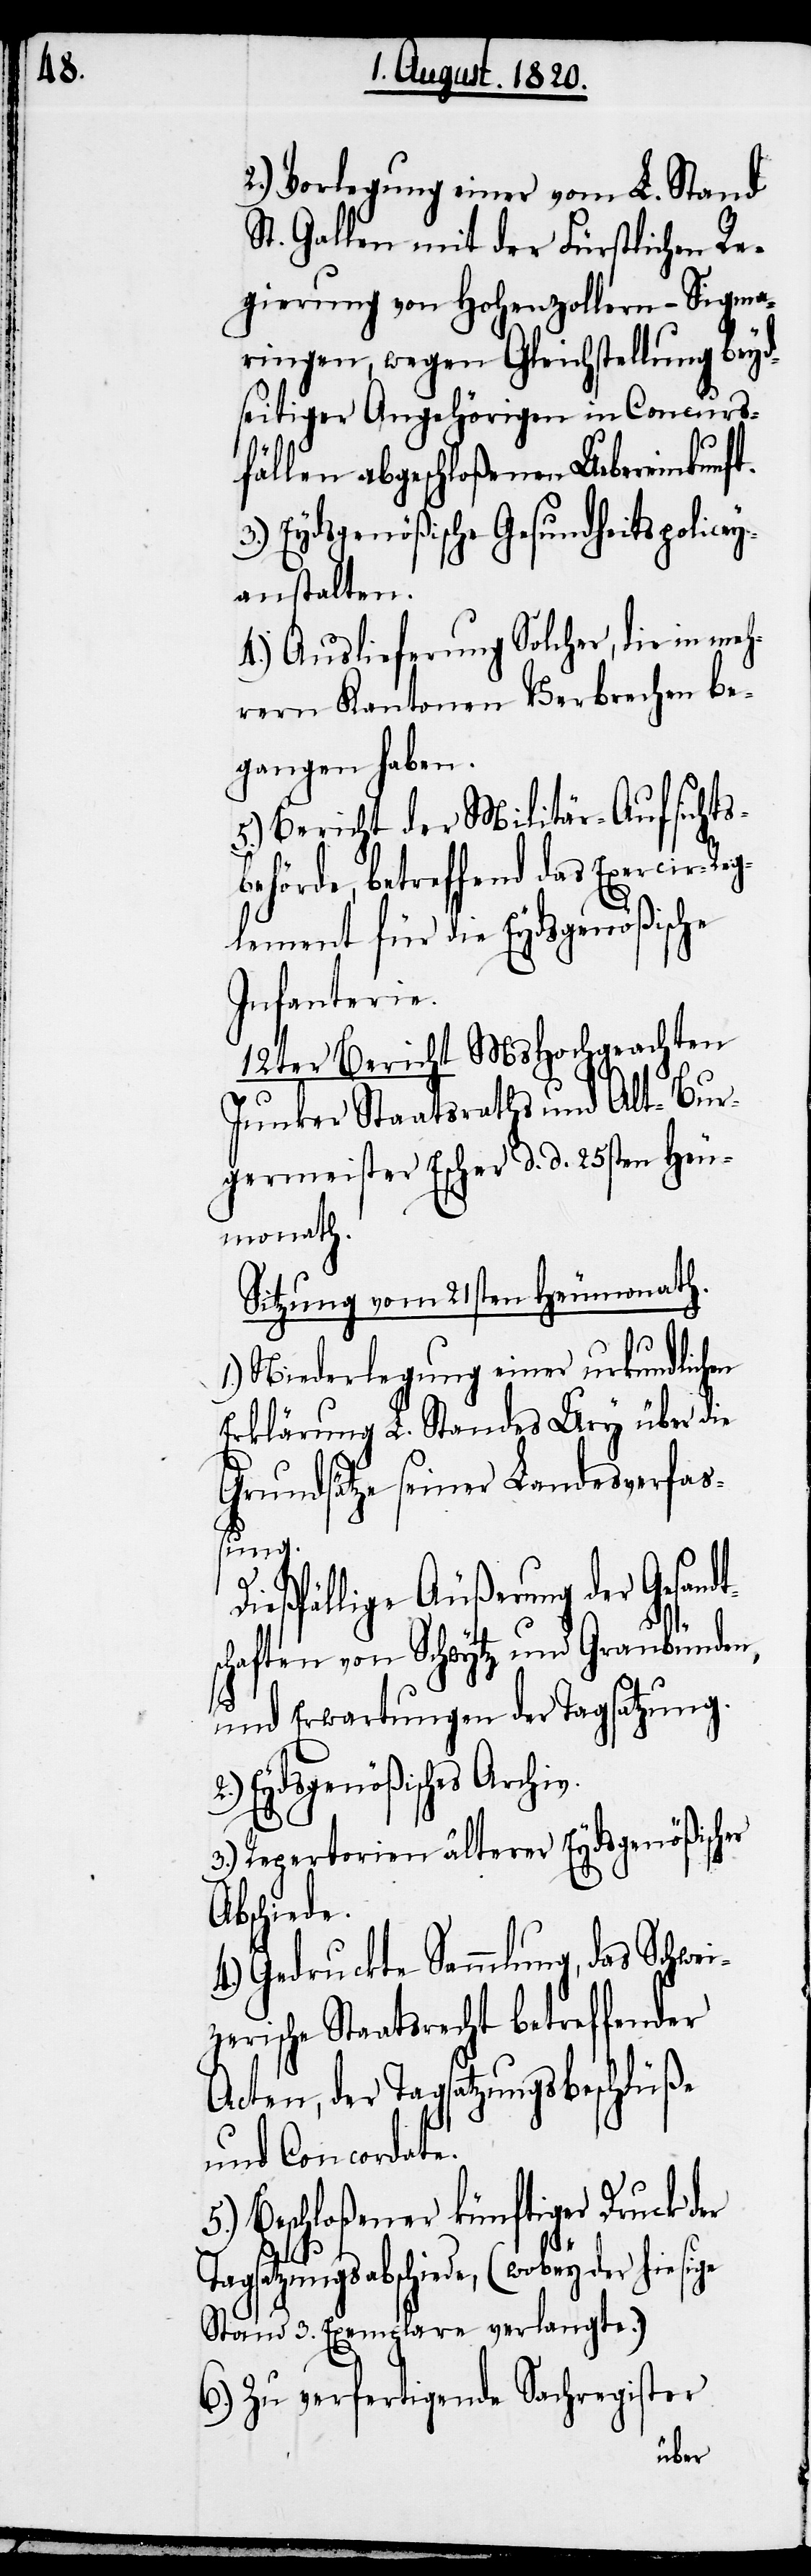
2.) Vorlegung einer vom L. Stand
St. Gallen mit der Fürstlichen Re¬
gierung von Hohenzollern-Sigma¬
ringen, wegen Gleichstellung beyd¬
seitiger Angehörigen in Concurs¬
fällen abgeschloßenen Uebereinkunft.
3.) Eydsgenößische Gesundheitspolicey¬
anstalten.
4.) Auslieferung solcher, die in meh¬
rern Kantonen Verbrechen be¬
gangen haben.
5.) Bericht der Militär-Aufsichts¬
behörde, betreffend das Exercir-Reg¬
lement für die Eydsgenößische
Infanterie.
12ter Bericht MsHochgeachten
Junker Staatsraths und Alt-Bur¬
germeister Escher d. d. 25sten Heu¬
monath.
Sitzung vom 21sten Heumonath.
1.) Niederlegung einer urkundlichen
Erklärung L. Standes Ury über die
Grundsätze seiner Landesverfas¬
t¬
Dießfällige Äußerung der Gesand¬
schaften von Schwytz und Graubünden,
und Erwartungen der Tagsatzung.
Eydsgenößisches Archiv.
3.) Repertorien älterer Eydsgenößischer
Abschiede.
4.) Gedruckte Sammlung, das Schwei¬
zerische Staatsrecht betreffender
Acten, der Tagsatzungsbeschlüße
und Concordate.
5.) Beschloßener künftiger Druck
Tagsatzungsabschiede, (wobey der hiesige
Stand 3. Exemplare verlangte.)
6.) Zu verfertigende Sachregister